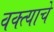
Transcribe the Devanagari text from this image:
वक्त्याचे